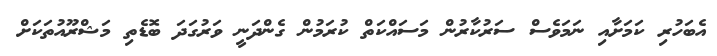
އެބަހުރި ކަމަށާއި ނަމަވެސް ސަރުކާރުން މަސައްކަތް ކުރަމުން ގެންދަނީ ވަރުގަދަ ބޮޑެތި މަޝްރޫއުތަކަށް